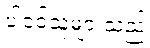
ပါဝင်သူများသည်